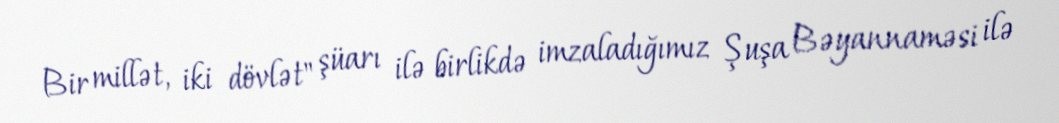
Bir millət, iki dövlət" şüarı ilə birlikdə imzaladığımız Şuşa Bəyannaməsi ilə